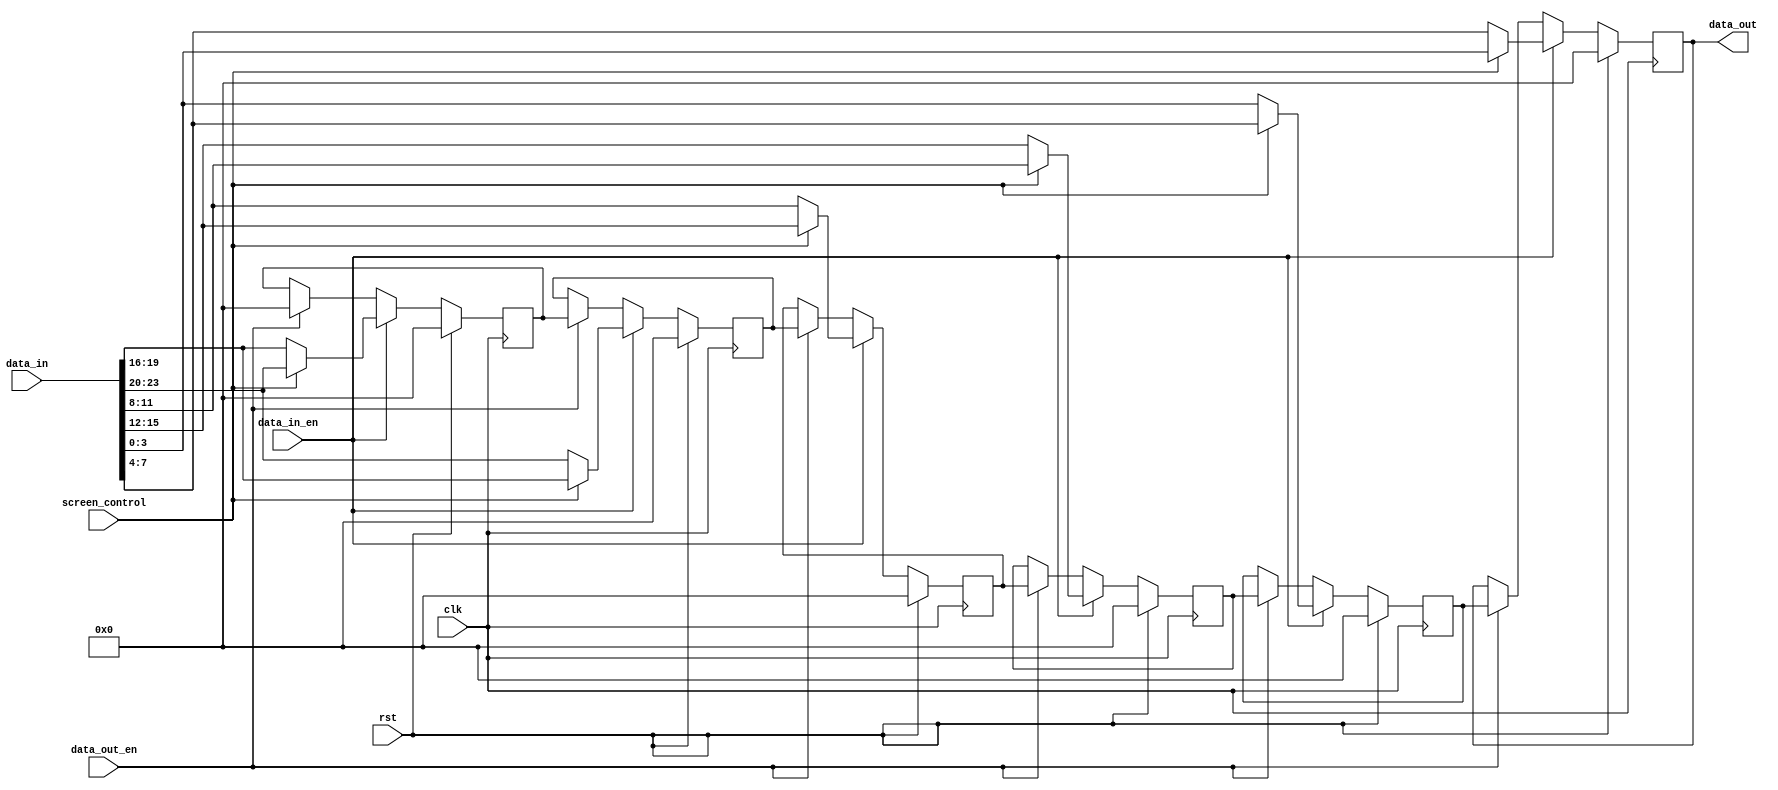
module video_output(
	input  wire        rst,
	input  wire        clk,
	input  wire        screen_control,
	input  wire [23:0] data_in,
	input  wire        data_in_en,
	output wire [ 3:0] data_out,
	input  wire        data_out_en
);

reg [3:0] shifter_sc0_5;
reg [3:0] shifter_sc0_4;
reg [3:0] shifter_sc0_3;
reg [3:0] shifter_sc0_2;
reg [3:0] shifter_sc0_1;
reg [3:0] shifter_sc0_0;

always @(posedge clk) begin
	if(rst) begin
		shifter_sc0_5 <= 0;
		shifter_sc0_4 <= 0;
		shifter_sc0_3 <= 0;
		shifter_sc0_2 <= 0;
		shifter_sc0_1 <= 0;
		shifter_sc0_0 <= 0;
	end else if(data_in_en) begin
		shifter_sc0_5 <= screen_control ? data_in[23:20] : data_in[19:16];
		shifter_sc0_4 <= screen_control ? data_in[19:16] : data_in[23:20];
		shifter_sc0_3 <= screen_control ? data_in[15:12] : data_in[11: 8];
		shifter_sc0_2 <= screen_control ? data_in[11: 8] : data_in[15:12];
		shifter_sc0_1 <= screen_control ? data_in[ 7: 4] : data_in[ 3: 0];
		shifter_sc0_0 <= screen_control ? data_in[ 3: 0] : data_in[ 7: 4];
	end else if(data_out_en) begin
		shifter_sc0_5 <= 4'h0;
		shifter_sc0_4 <= shifter_sc0_5;
		shifter_sc0_3 <= shifter_sc0_4;
		shifter_sc0_2 <= shifter_sc0_3;
		shifter_sc0_1 <= shifter_sc0_2;
		shifter_sc0_0 <= shifter_sc0_1;
	end
end

assign data_out = shifter_sc0_0;

endmodule